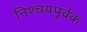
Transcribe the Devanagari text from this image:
निश्‍चयपूर्वक